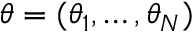
\boldsymbol { \theta } = ( \theta _ { 1 } , \ldots , \theta _ { N } )